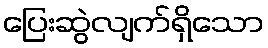
ပြေးဆွဲလျက်ရှိသော